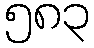
၅၈၃